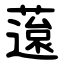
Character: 䕂